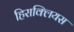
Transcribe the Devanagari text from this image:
हिराक्लियस